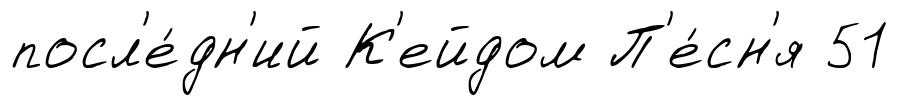
посл'е́дн'ий К'ейдом П'е́сн'я 51